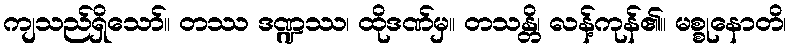
ကျသည်ရှိသော်။ တဿ ဒဏ္ဍဿ၊ ထိုဒဏ်မှ။ တသန္တိ၊ လန့်ကုန်၏။ မစ္စုနောတိ၊